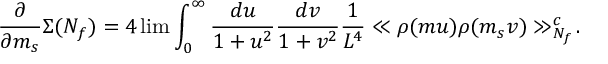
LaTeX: \frac { \partial } { \partial m _ { s } } \Sigma ( N _ { f } ) = 4 \operatorname * { l i m } \int _ { 0 } ^ { \infty } \frac { d u } { 1 + u ^ { 2 } } \frac { d v } { 1 + v ^ { 2 } } \frac { 1 } { L ^ { 4 } } \ll \rho ( m u ) \rho ( m _ { s } v ) \gg _ { N _ { f } } ^ { c } \! .